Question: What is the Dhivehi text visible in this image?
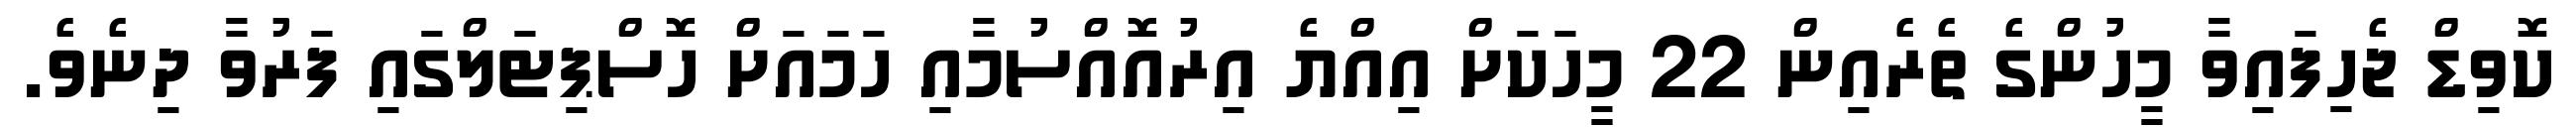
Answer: ކޮވިޑް ޖެހިފައިވާ މީހުންގެ ތެރެއިން 22 މީހަކަށް އިއްޔެ އިރުއޮއްސުމާއި ހަމައަށް ހޮސްޕިޓަލްގައި ފަރުވާ ދިނެވެ.